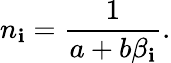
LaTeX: n_{\mathbf{i}}=\frac{{1}}{{a+b\beta_{\mathbf{i}}}}.